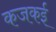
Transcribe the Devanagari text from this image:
कजकई